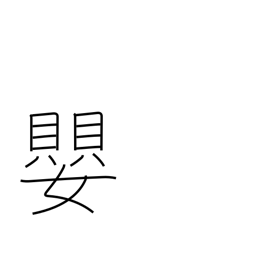
Meaning: sharp (music)